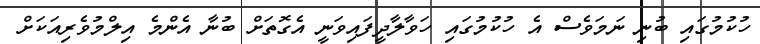
ހުކުމުގައި ބުނި ނަމަވެސް އެ ހުކުމުގައި ހަވާލާދީފައިވަނީ އެގޮތަށް ބުނާ އެންމެ އިލްމުވެރިއަކަށް